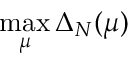
\operatorname* { m a x } _ { \mu } \Delta _ { N } ( \mu )